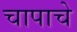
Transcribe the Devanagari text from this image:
चापाचे